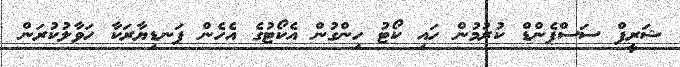
ޝަރީފް ސަސްޕެންޑް ކުރުމުން ހައި ކޯޓު ހިންގުން އެކޯޓުގެ އެހެން ފަނޑިޔާރަކާ ހަވާލުކުރަން